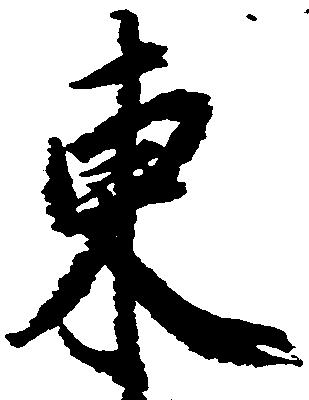
東